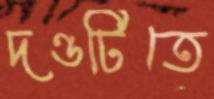
দণ্ডটিতে